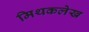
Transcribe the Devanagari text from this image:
मिथकलेख